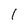
Character: I